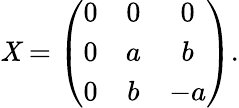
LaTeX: {\cal\mathit{X}}=\left(\begin{array}{ccc}{{0}}&{{0}}&{{0}}\\ {{0}}&{{a}}&{{b}}\\ {{0}}&{{b}}&{{-a}}\end{array}\right).